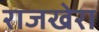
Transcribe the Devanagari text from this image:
राजखेरा